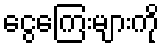
ငွေကြေးများကို